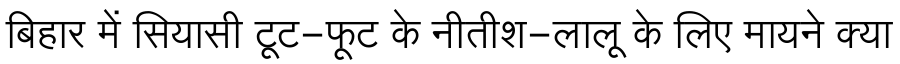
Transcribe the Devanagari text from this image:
बिहार में सियासी टूट-फूट के नीतीश-लालू के लिए मायने क्या